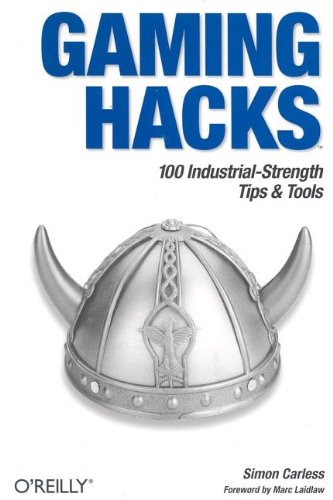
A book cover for Gaming Hacks: 100 Industrial-Strength Tips & Tools; Simon Carless; Computers & Technology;